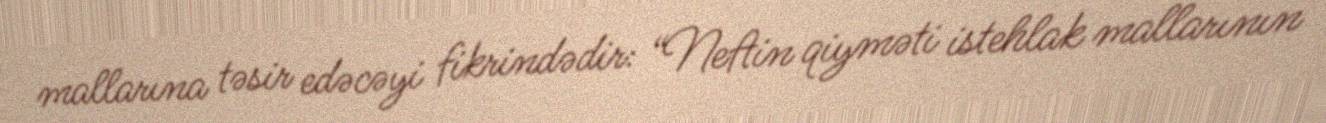
mallarına təsir edəcəyi fikrindədir: “Neftin qiyməti istehlak mallarının